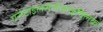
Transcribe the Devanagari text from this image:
एसेटाइलसेलीसाइक्लिक